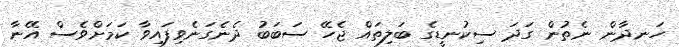
ހަނދާން ނެތުން ގަދަ ސިކުނޑީގެ ބަލިތައް ޖެހޭ ސަބަބު ދެނެގަނެވިފައިވާ ކަމަށްވެސް އޭނާ